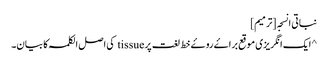
نباتی انسجہ [ترمیم]
^ ایک انگریزی موقع براۓ روۓ خط لغت پر tissue کی اصل الکلمہ کا بیان۔